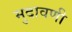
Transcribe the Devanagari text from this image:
मुदावणी